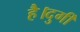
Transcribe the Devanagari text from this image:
है।दुर्गी